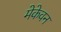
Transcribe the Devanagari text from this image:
मेकेवन